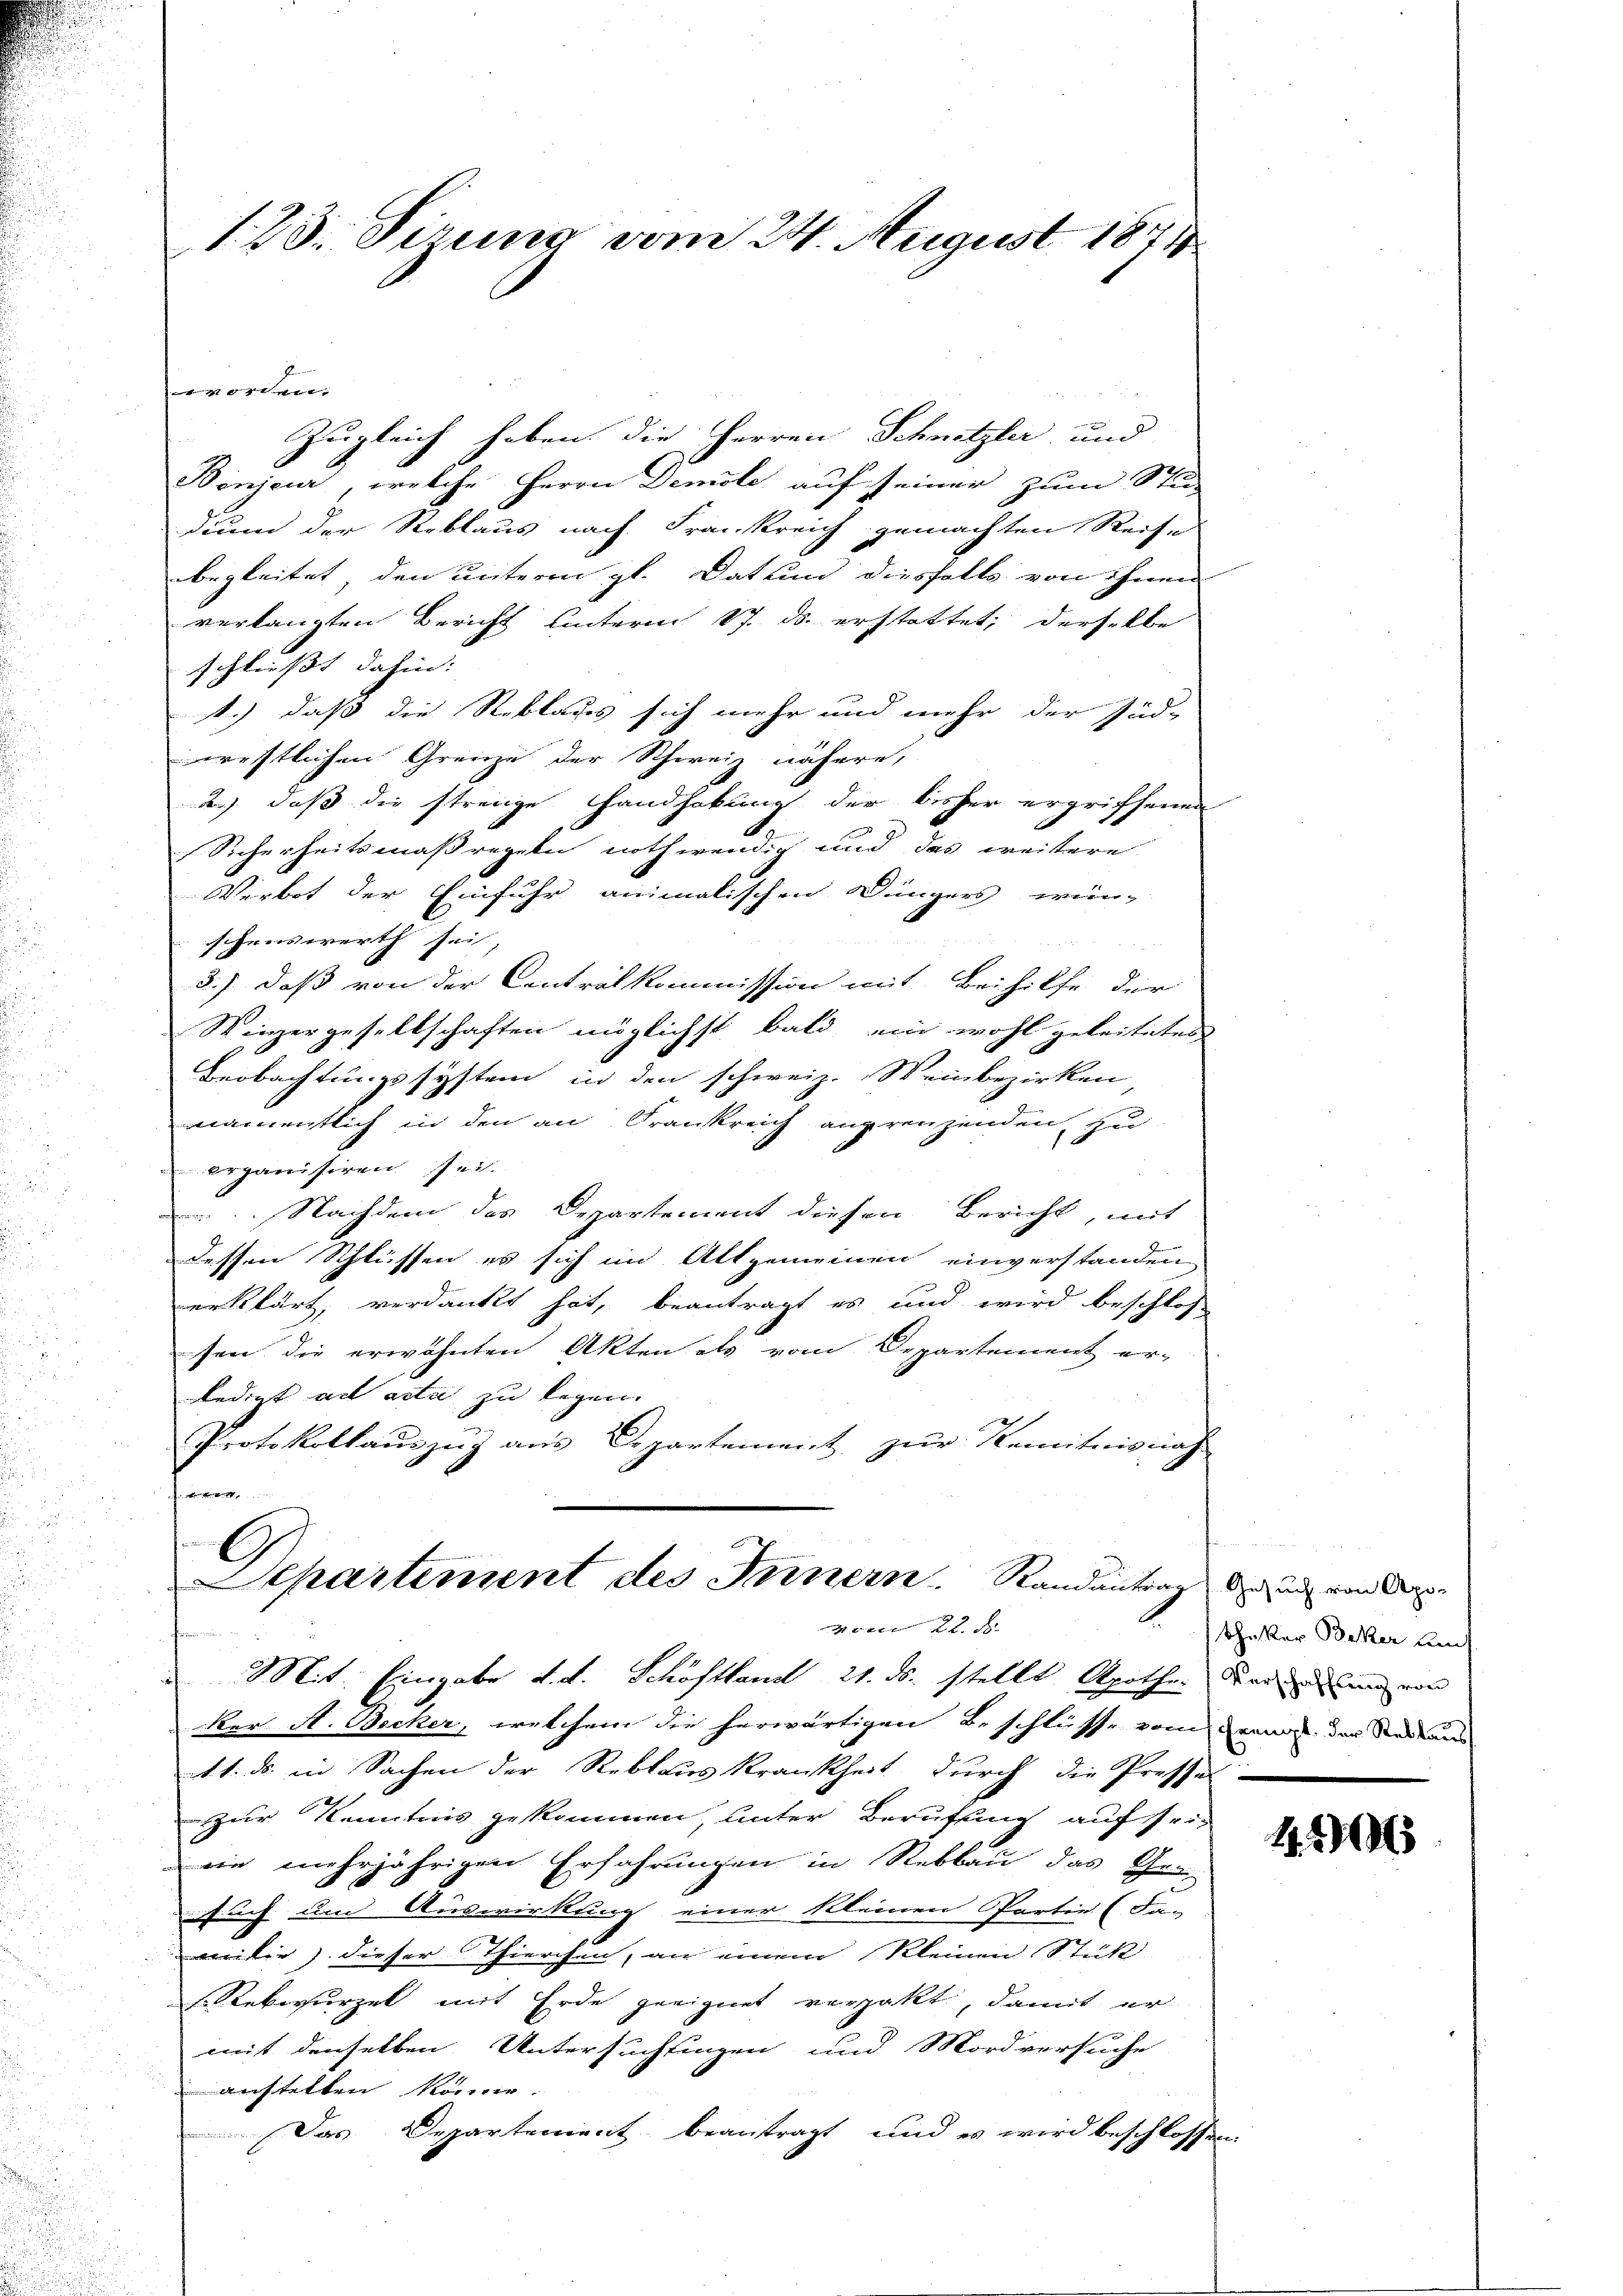
e
Zugleich haben die Herren Schnetzler und
Bönjeur, welche Herrn Demole auf seiner zum Stu-
dium der Reblaus nach Frankreich gemachten Reise
begleitet, den unterm gl. Datum diesfalls von ihnen
verlangten Bericht hinterm 17. ds. erstattet, derselbe
schließt dahin: |
1.) daß die Reblaues sich mehr und mehr der Jud-
restlichen Grenze der Schweiz nähere,
2.) daß die strenge Handhabung der bisher ergriffenen
.
Sicherheitsmaßregeln nothwendig und das weitere
Verbot der Einfuhr animalischen Düngers wün-
schenswerth sei,
3.) daß von der Centralkommission mit Beihilfe der
Weizergesellschaften möglichst bald ein wohl geleitetes
Beobachtungssystem in den schweiz. Weinbezirken,
namentlich in den an Frankreich angrenzenden, zu
 organisiren sei.
 Nachdem das Departement diesen Bericht, mit
dessen Schlüssen es sich im Altgemeinen einverstanden
erklärt, verdankt hat, beantragt es und wird beschlos
sen die erwähnten Akten als vom Departement er-
ledigt ad acta zu legen.
Protokollaŭszŭg aŭs Departement zŭr Remitnisnah

123. Sirung vom 24. August 1871

C
Separtement des Innern. Randantrag der und von de
vom 22. d.
Mit. Eingabe d. d. Schöftland 21. ds. stellt Apothen Frauen und von

er A. Becker, welchem die herwärtigen Beschlüsse vom Grund der Stadtans

t1. ds. in Sachen der Reblaus Krankheit durch die Pressel-
zur Kenntnis gekommen, unter Berufung auf sein
ein mehrjährigen Erfahrungen in Rebbau das Ge-
such um Auswirkung einer kleinen Partie (Fa-
milie dieser Thierchen, an einem Kleinen Stick
Rebwurzel mit Erde geeignet verzakt, damit er
mit denselben Untersuchtungen und Mordversuche
anstellen könne.
Das Departement beantragt, und es wird beschlossen

theker Beker am

11. 216